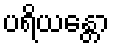
ပရိယန္တော